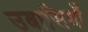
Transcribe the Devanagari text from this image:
उबासियाँ